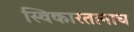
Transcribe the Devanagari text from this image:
स्विकारतानाच